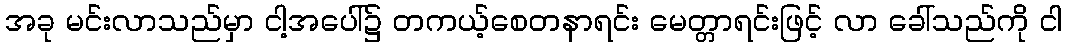
အခု မင်းလာသည်မှာ ငါ့အပေါ်၌ တကယ့်စေတနာရင်း မေတ္တာရင်းဖြင့် လာ ခေါ်သည်ကို ငါ